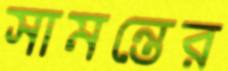
সামন্তের